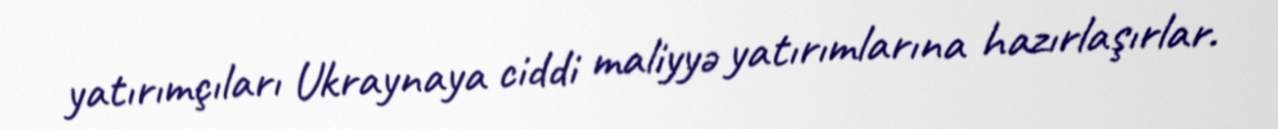
yatırımçıları Ukraynaya ciddi maliyyə yatırımlarına hazırlaşırlar.